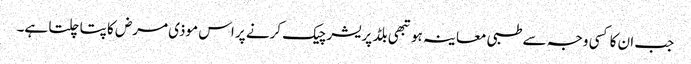
جب ان کا کسی وجہ سے طبی معاینہ ہو تبھی بلڈ پریشر چیک کرنے پر اس موذی مرض کا پتا چلتا ہے۔